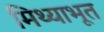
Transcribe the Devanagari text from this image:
मिथ्याभूत